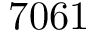
7 0 6 1